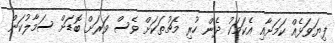
ފިޔަވަޅެއް ކަމަށާއި އެކަމަކު ދެން ހުރި މެޗުތަކަށް ވެސް ވަރަށް ބޮޑަށް ސަމާލުކަން